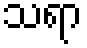
သရာ